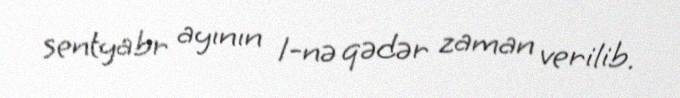
sentyabr ayının 1-nə qədər zaman verilib.